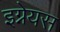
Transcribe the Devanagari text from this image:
इग्नेयस